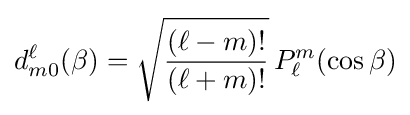
d_{m0}^{\ell }(\beta )={\sqrt {\frac {(\ell -m)!}{(\ell +m)!}}}\,P_{\ell }^{m}(\cos {\beta })